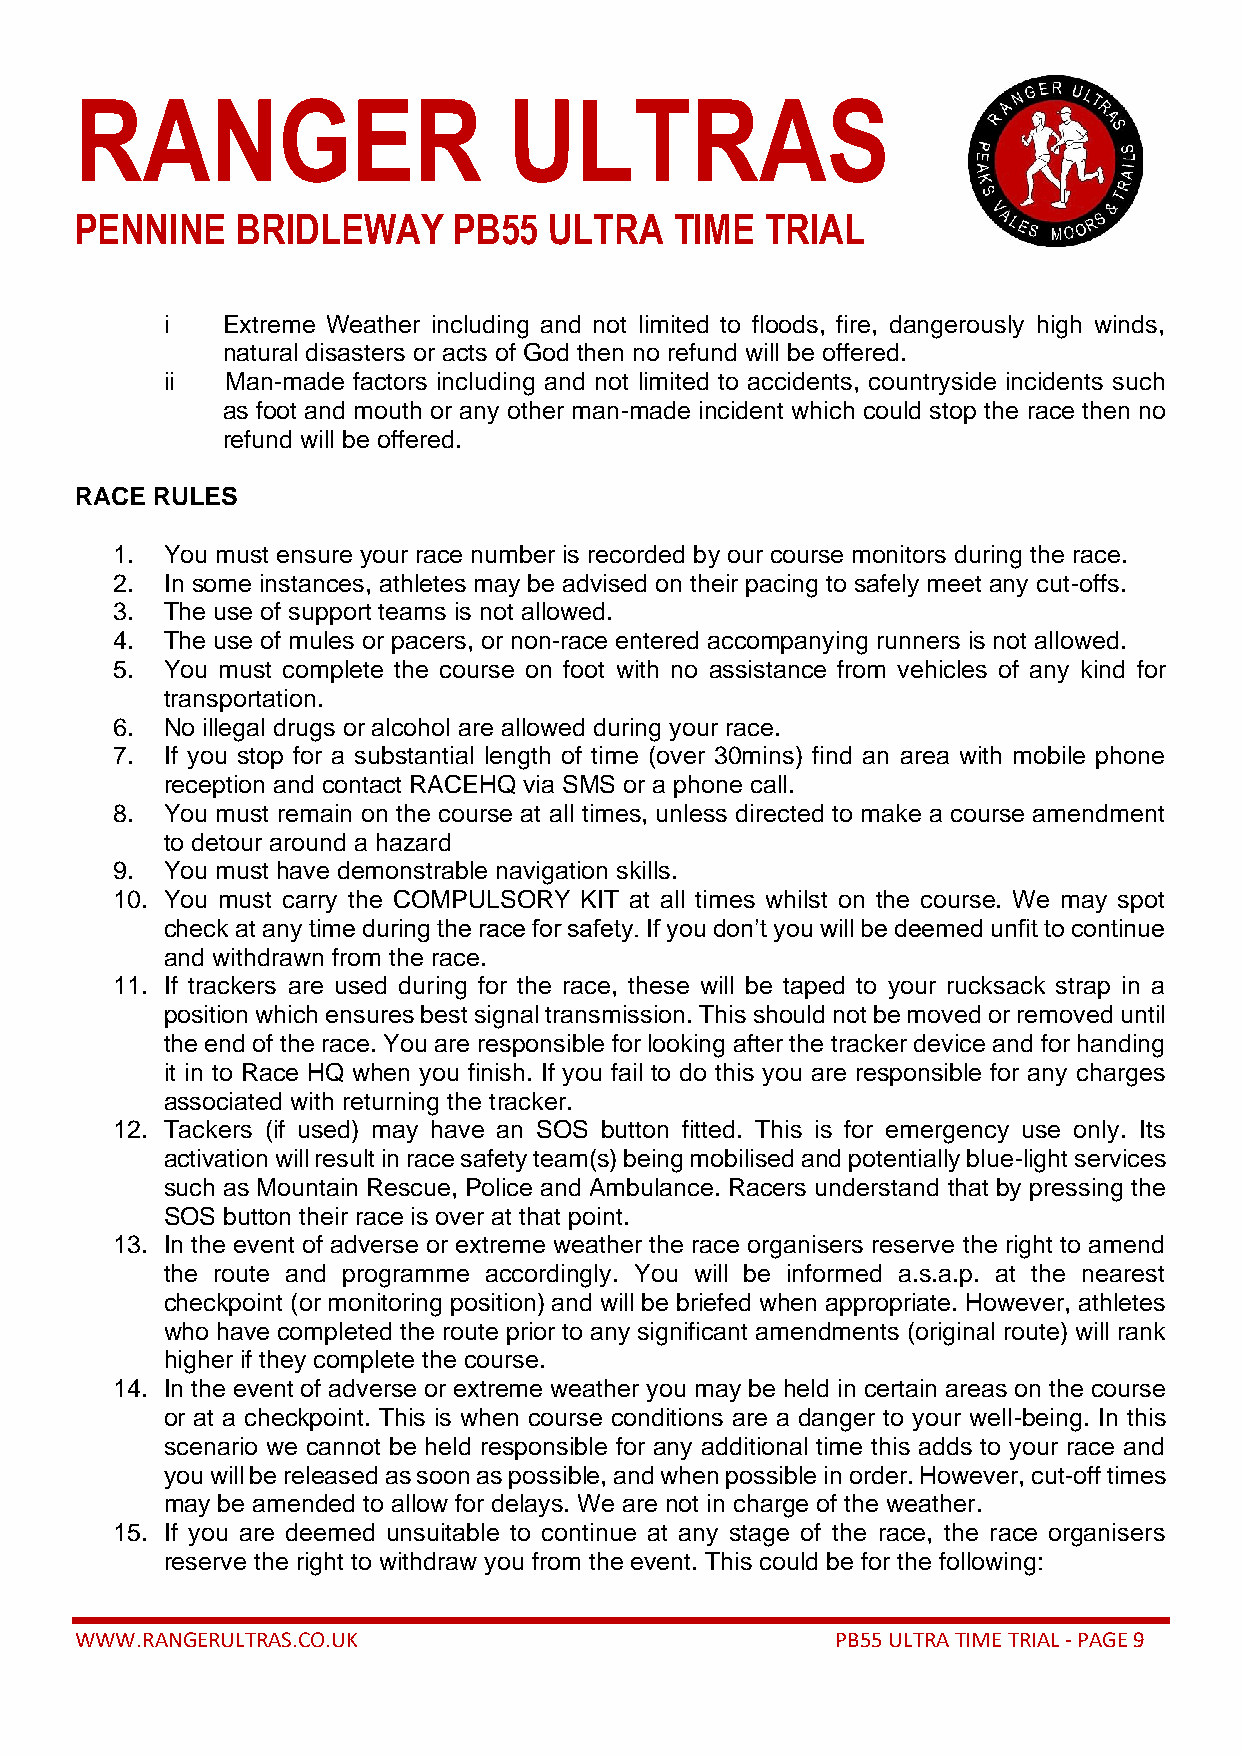
RANGER                       ULTRAS
 PENNINE    BRIDLEWAY     PB55  ULTRA    TIME  TRIAL
 i   Extreme Weather including and not limited to floods, fire, dangerously high winds,
 natural disasters or acts of God then no refund will be offered.
 ii  Man-made factors including and not limited to accidents, countryside incidents such
 as foot and mouth or any other man-made incident which could stop the race then no
 refund will be offered.
 RACE RULES
 1.  You must ensure your race number is recorded by our course monitors during the race.
 2.  In some instances, athletes may be advised on their pacing to safely meet any cut-offs.
 3.  The use of support teams is not allowed.
 4.  The use of mules or pacers, or non-race entered accompanying runners is not allowed.
 5.  You must complete the course on foot with no assistance from vehicles of any kind for
 transportation.
 6.  No illegal drugs or alcohol are allowed during your race.
 7.  If you stop for a substantial length of time (over 30mins) find an area with mobile phone
 reception and contact RACEHQ via SMS or a phone call.
 8.  You must remain on the course at all times, unless directed to make a course amendment
 to detour around a hazard
 9.  You must have demonstrable navigation skills.
 10. You must carry the COMPULSORY KIT at all times whilst on the course. We may spot
 check at any time during the race for safety. If you don’t you will be deemed unfit to continue
 and withdrawn from the race.
 11. If trackers are used during for the race, these will be taped to your rucksack strap in a
 position which ensures best signal transmission. This should not be moved or removed until
 the end of the race. You are responsible for looking after the tracker device and for handing
 it in to Race HQ when you finish. If you fail to do this you are responsible for any charges
 associated with returning the tracker.
 12. Tackers (if used) may have an SOS button fitted. This is for emergency use only. Its
 activation will result in race safety team(s) being mobilised and potentially blue-light services
 such as Mountain Rescue, Police and Ambulance. Racers understand that by pressing the
 SOS button their race is over at that point.
 13. In the event of adverse or extreme weather the race organisers reserve the right to amend
 the route and programme accordingly. You will be informed a.s.a.p. at the nearest
 checkpoint (or monitoring position) and will be briefed when appropriate. However, athletes
 who have completed the route prior to any significant amendments (original route) will rank
 higher if they complete the course.
 14. In the event of adverse or extreme weather you may be held in certain areas on the course
 or at a checkpoint. This is when course conditions are a danger to your well-being. In this
 scenario we cannot be held responsible for any additional time this adds to your race and
 you will be released as soon as possible, and when possible in order. However, cut-off times
 may be amended to allow for delays. We are not in charge of the weather.
 15. If you are deemed unsuitable to continue at any stage of the race, the race organisers
 reserve the right to withdraw you from the event. This could be for the following:
 WWW.RANGERULTRAS.CO.UK                            PB55 ULTRA TIME TRIAL - PAGE 9